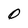
Character: O